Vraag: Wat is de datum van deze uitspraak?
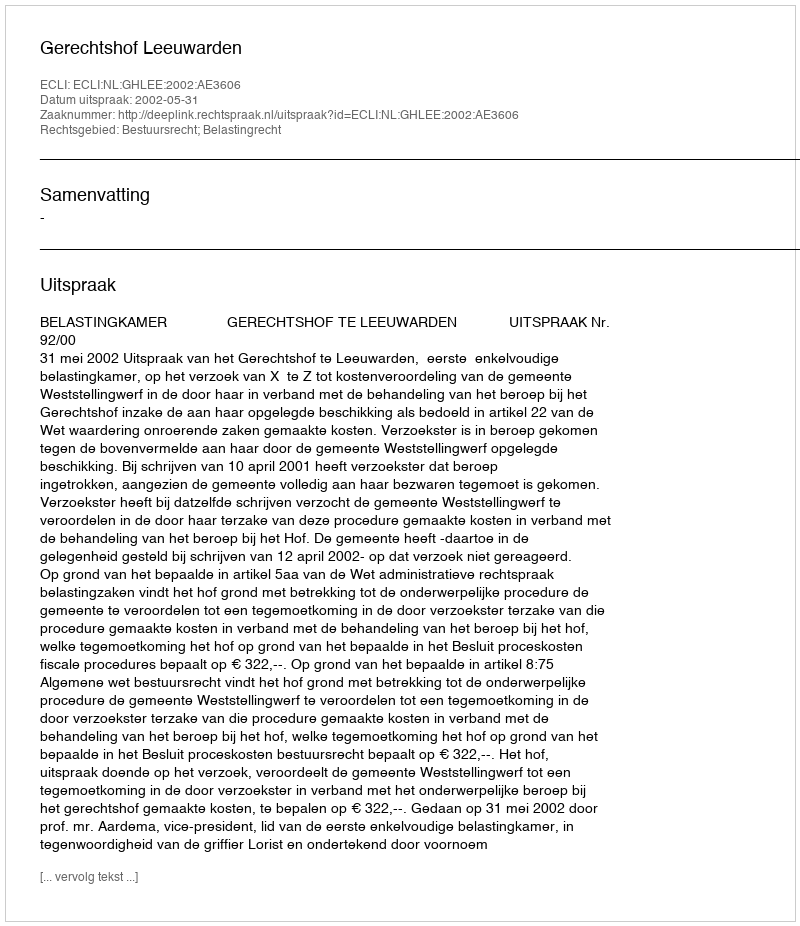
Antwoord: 2002-05-31